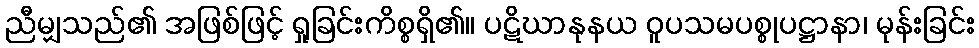
ညီမျှသည်၏ အဖြစ်ဖြင့် ရှုခြင်းကိစ္စရှိ၏။ ပဋိဃာနုနယ ဝူပသမပစ္စုပဋ္ဌာနာ၊ မုန်းခြင်း